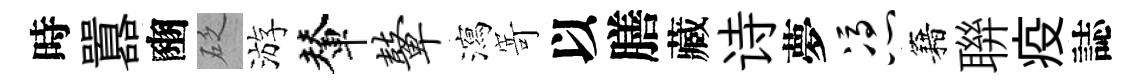
時囂豳砭游輦鼙瀉𭔃以膳藏诗夢凭籍聨疫誌